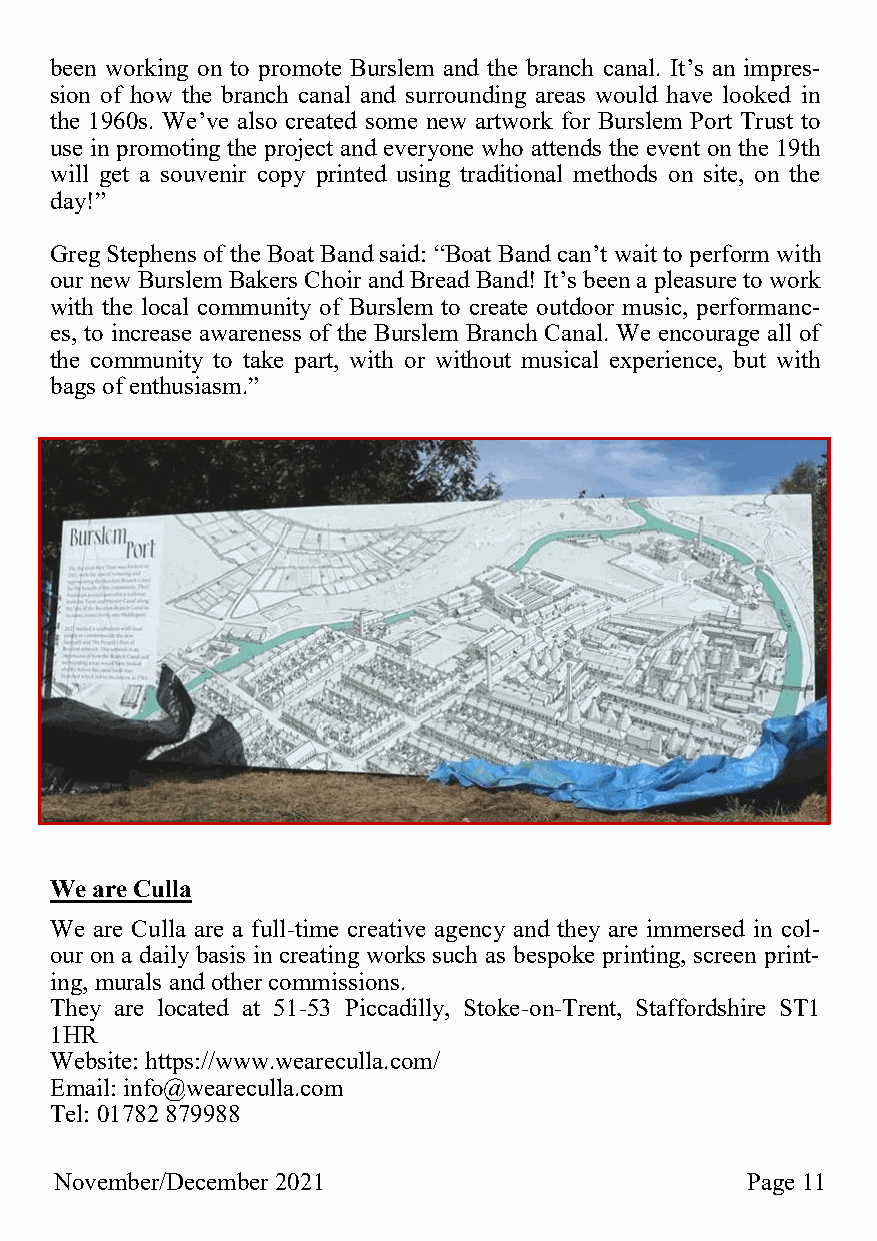
been working on to promote Burslem and the branch canal. It’s an impres-
 sion of how the branch canal and surrounding areas would have looked in
 the 1960s. We’ve also created some new artwork for Burslem Port Trust to
 use in promoting the project and everyone who attends the event on the 19th
 will get a souvenir copy printed using traditional methods on site, on the
 day!”
 Greg Stephens of the Boat Band said: “Boat Band can’t wait to perform with
 our new Burslem Bakers Choir and Bread Band! It’s been a pleasure to work
 with the local community of Burslem to create outdoor music, performanc-
 es, to increase awareness of the Burslem Branch Canal. We encourage all of
 the community to take part, with or without musical experience, but with
 bags of enthusiasm.”
 We are Culla
 We are Culla are a full-time creative agency and they are immersed in col-
 our on a daily basis in creating works such as bespoke printing, screen print-
 ing, murals and other commissions.
 They are located at 51-53 Piccadilly, Stoke-on-Trent, Staffordshire ST1
 1HR
 Website: https://www.weareculla.com/
 Email: info@weareculla.com
 Tel: 01782 879988
 N Noovveemmbbeerr//DDeecceemmbbeerr2 2002201  Page 11